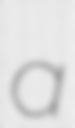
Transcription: a